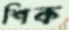
শিক